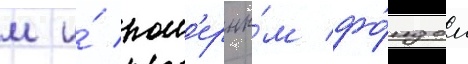
м и́ ном'ерны́м фо́ндом